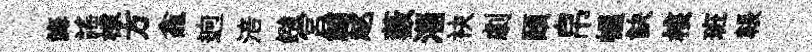
誨謡棣方龕逈涪鏹宫鯆趑藪淄袂劇頤帛幄訣核班韔